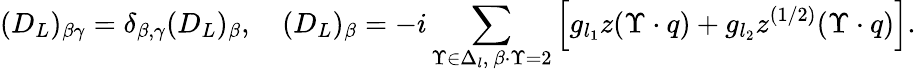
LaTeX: (D_{L})_{\beta\gamma}=\delta_{\beta,\gamma}(D_{L})_{\beta},\quad(D_{L})_{\beta}=-i\sum_{\Upsilon\in\Delta_{l},\ \beta\cdot\Upsilon=2}\left[g_{l_{1}}z(\Upsilon\cdot q)+g_{l_{2}}z^{(1/2)}(\Upsilon\cdot q)\right].